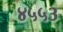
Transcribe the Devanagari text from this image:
४५५३